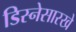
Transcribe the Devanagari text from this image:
डिस्नेसारखे